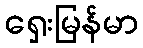
ရှေးမြန်မာ